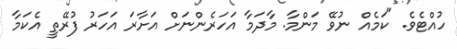
ހުއްޓެވެ. "ކަމެއް ނުވޭ މަންމާ. މާދަމާ އަހަރެންނަށް އަށާރަ އަހަރު ފުރޭތީ އެކަމާ